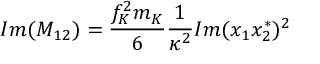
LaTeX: I m ( M _ { 1 2 } ) = \frac { f _ { K } ^ { 2 } m _ { K } } { 6 } \frac { 1 } { \kappa ^ { 2 } } I m ( x _ { 1 } x _ { 2 } ^ { * } ) ^ { 2 }